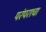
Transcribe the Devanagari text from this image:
परंपराचा